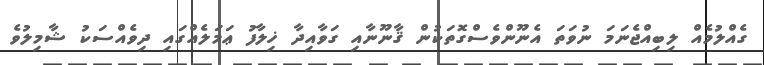
ގެއްލުމެއް ލިބިއްޖެނަމަ ނުވަތަ އެނޫންވެސްގޮތަކުން ޤާނޫނާއި ގަވާއިދާ ޚިލާފު ޢަމަލެއްގައި ދިވެއްސަކު ޝާމިލުވެ